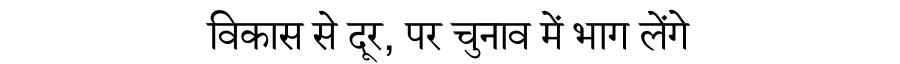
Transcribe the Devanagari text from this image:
विकास से दूर, पर चुनाव में भाग लेंगे